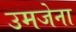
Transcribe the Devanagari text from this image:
उमजेना